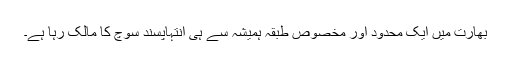
بھارت میں ایک محدود اور مخصوص طبقہ ہمیشہ سے ہی انتہاپسند سوچ کا مالک رہا ہے۔